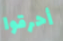
أحرقوا